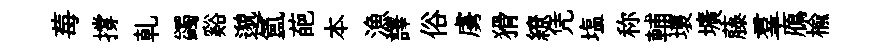
莓撐乹蠲谿邈氳葩本漁譯俗虜猾繚凭塩称輔壞壙藤羣鴈榆